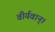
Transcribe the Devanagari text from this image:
वीर्यवान्।